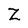
Character: z